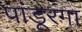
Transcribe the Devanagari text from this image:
पांडूरंगा